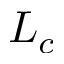
L _ { c }